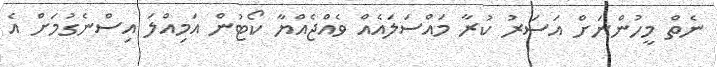
ނެތް މީހުންނަށް އަސަރު ކުރާ މައްސަލައެއް ވެއްޖެއްޔާ ކޯޓުން އަމިއްލަ އިސްނެގުމަށް އެ